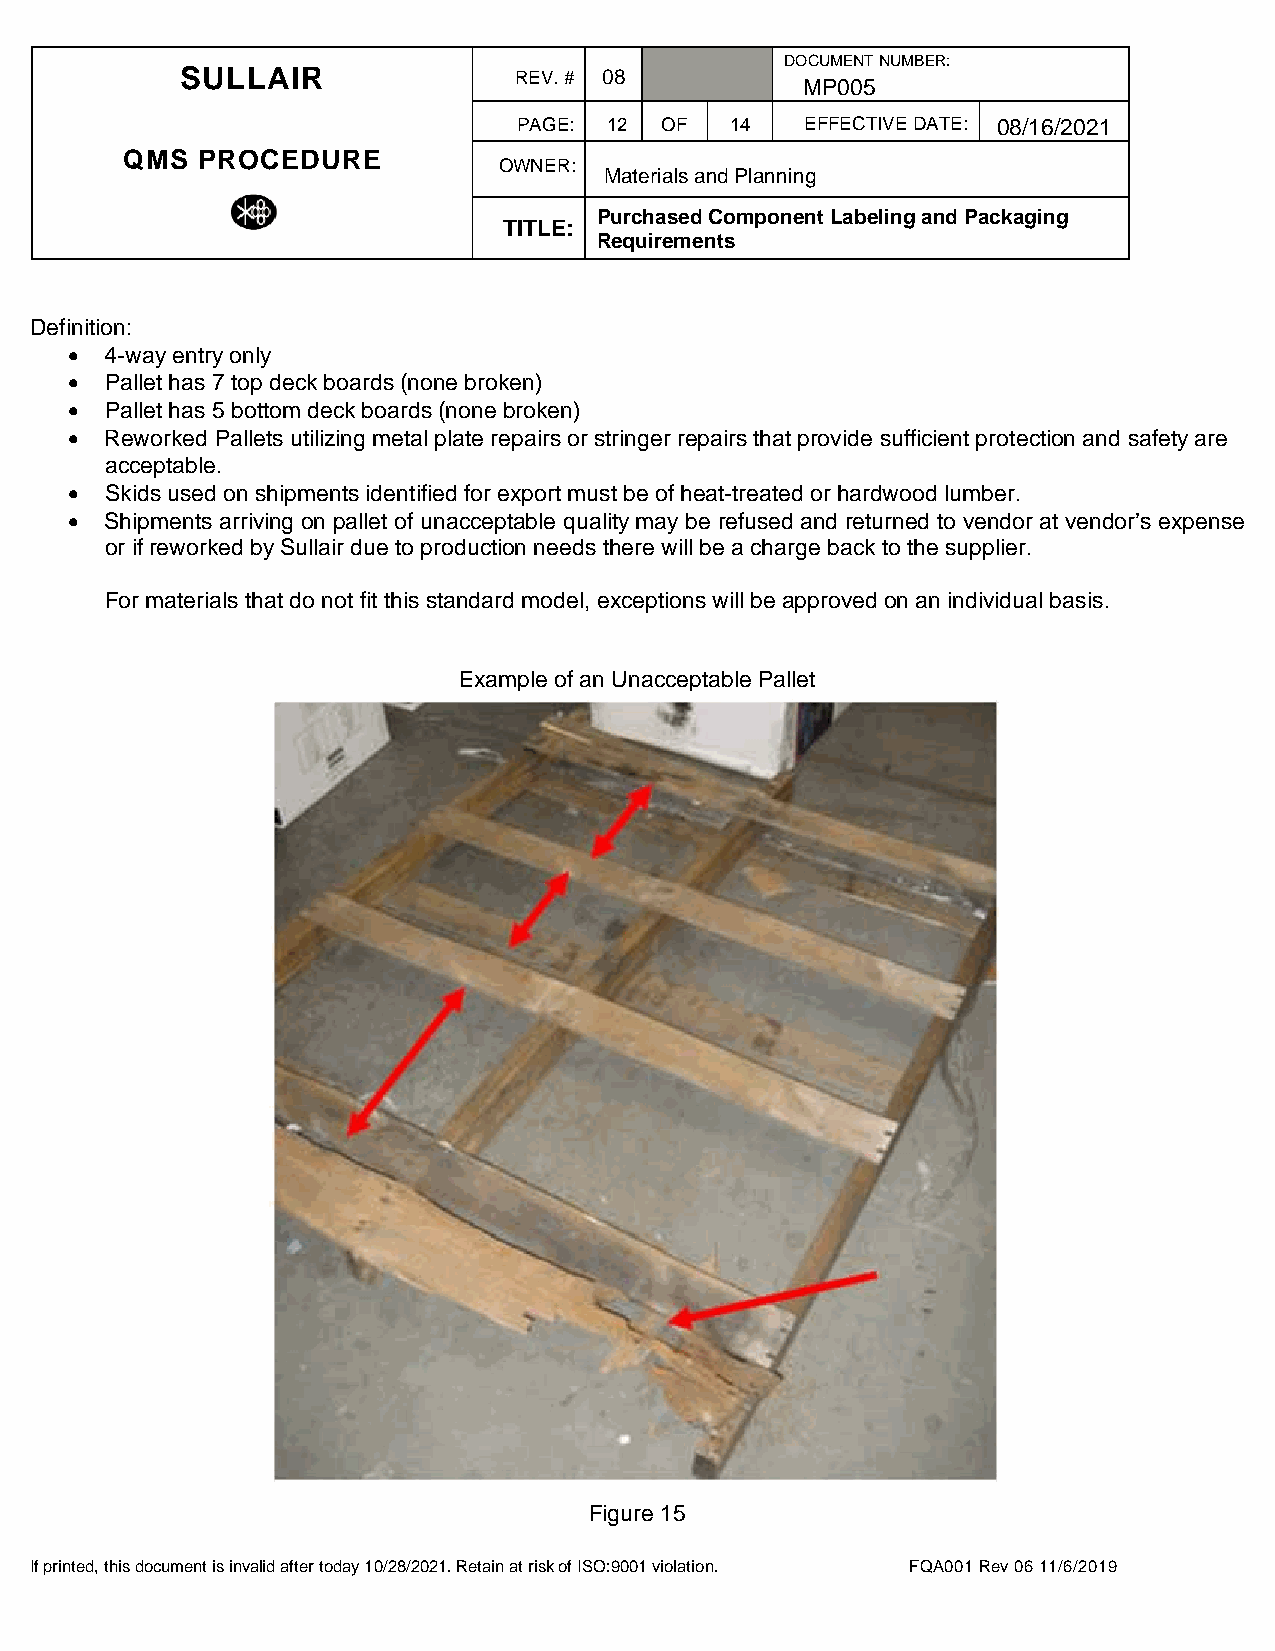
DOCUMENT NUMBER:
 SULLAIR               REV. # 08
 MP005
 PAGE: 12  OF  14   EFFECTIVE DATE: 08/16/2021
 QMS  PROCEDURE
 OWNER:
 Materials and Planning
 Purchased Component Labeling and Packaging
 TITLE:
 Requirements
 Definition:
 •  4-way entry only
 •  Pallet has 7 top deck boards (none broken)
 •  Pallet has 5 bottom deck boards (none broken)
 •  Reworked Pallets utilizing metal plate repairs or stringer repairs that provide sufficient protection and safety are
 acceptable.
 •  Skids used on shipments identified for export must be of heat-treated or hardwood lumber.
 •  Shipments arriving on pallet of unacceptable quality may be refused and returned to vendor at vendor’s expense
 or if reworked by Sullair due to production needs there will be a charge back to the supplier.
 For materials that do not fit this standard model, exceptions will be approved on an individual basis.
 Example of an Unacceptable Pallet
 Figure 15
 If printed, this document is invalid after today 10/28/2021. Retain at risk of ISO:9001 violation. FQA001 Rev 06 11/6/2019